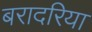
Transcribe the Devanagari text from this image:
बरादरिया